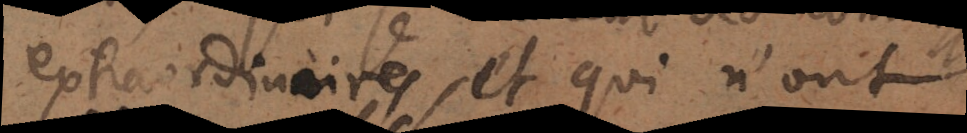
extraordinaires, et qui n’ont